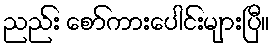
ညည်း စော်ကားပေါင်းများပြီ။